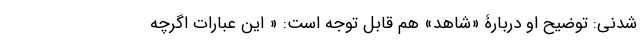
شدنی: توضیح او دربارۀ «شاهد» هم قابل توجه است: « این عبارات اگرچه